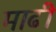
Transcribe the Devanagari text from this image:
माढी